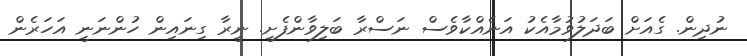
ނުދިން. ގެއަށް ބަދަލުވުމާއެކު އަނެއްކާވެސް ނަސްރާ ބަލިވާންފެށީ. ނީރާ ގިނައިން ހުންނަނީ އަހަރެން